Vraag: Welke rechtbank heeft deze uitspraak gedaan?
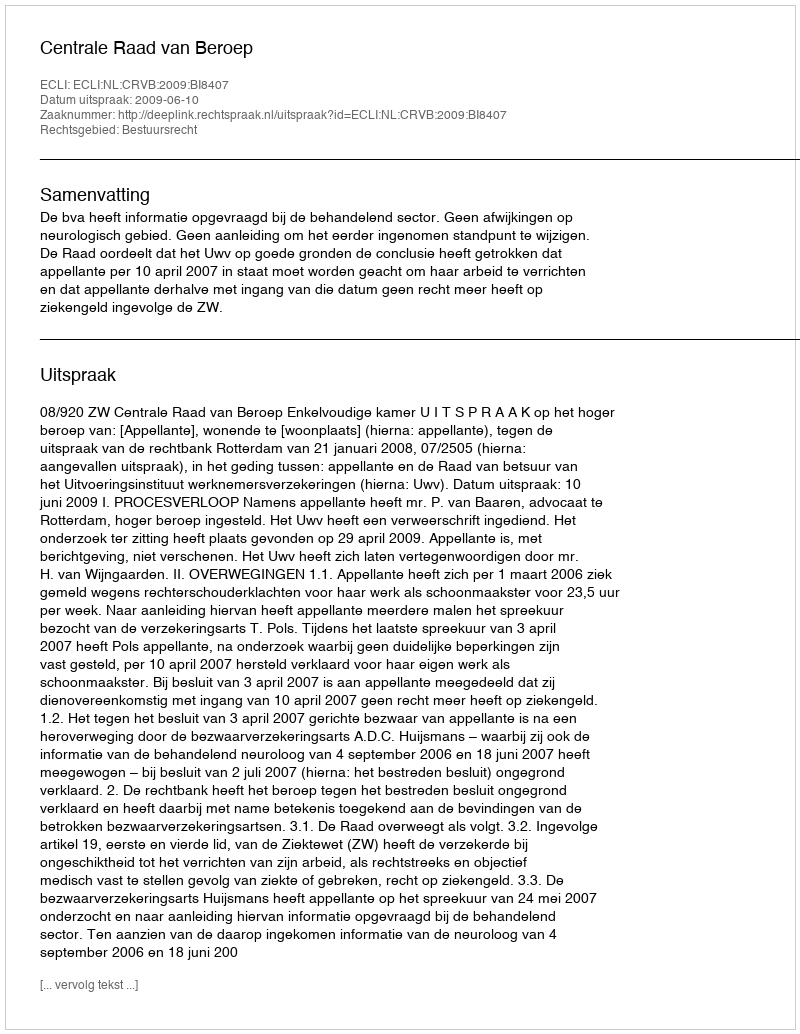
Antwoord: Centrale Raad van Beroep